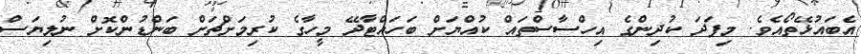
އެބައުޅޭތޯއެވެ. މިފަދަ ކުދިންގެ އިހްސާސްތައް ކުއްޔަށް ބަހައްޓާދޭ މީހާގެ ކުރިމަށްޗަށް ބަންޑުންކޮށް ނުލިޔަސް